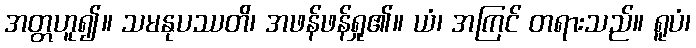
အတ္တဟူ၍။ သမနုပဿတိ၊ အဖန်ဖန်ရှု၏။ ယံ၊ အကြင် တရားသည်။ ရူပံ၊